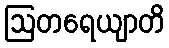
ဩတရေယျာတိ